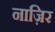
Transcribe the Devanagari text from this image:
नाज़िर